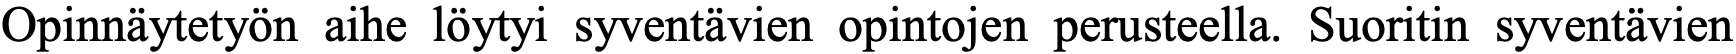
Opinnäytetyön aihe löytyi syventävien opintojen perusteella. Suoritin syventävien